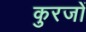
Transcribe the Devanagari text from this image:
कुरजों